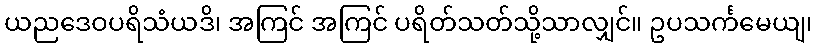
ယညဒေဝပရိသံယဒိ၊ အကြင် အကြင် ပရိတ်သတ်သို့သာလျှင်။ ဥပသင်္ကမေယျ၊